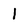
Character: 1